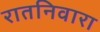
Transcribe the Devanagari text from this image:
रातनिवारा